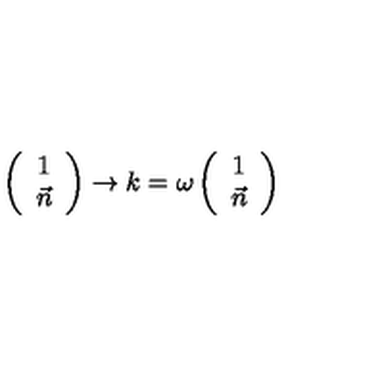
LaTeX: \left( \begin{array} { c } { 1 } \\ { \vec { n } } \\ \end{array} \right) \rightarrow k = \omega \left( \begin{array} { c } { 1 } \\ { \vec { n } } \\ \end{array} \right)